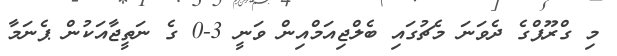
މި ގްރޫޕްގެ ދެވަނަ މެޗުގައި ބެލްޖިއަމްއިން ވަނީ 3-0 ގެ ނަތީޖާއަކުން ޕެނަމާ